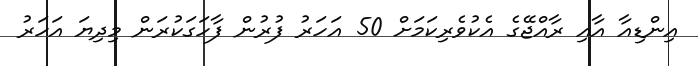
އިންޑިއާ އާއި ރާއްޖޭގެ އެކުވެރިކަމަށް 50 އަހަރު ފުރުން ފާހަގަކުރަން މިދިޔަ އަހަރު